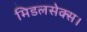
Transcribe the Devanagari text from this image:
मिडलसेक्स।